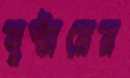
সুস্টারের